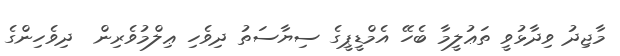
މާޖިދު ވިދާޅުވީ ތަޢުލީމާ ބެހޭ އެމްޑީޕީގެ ސިޔާސަތު ދިވެހި ޢިލްމުވެރިން  ދިވެހިންގެ